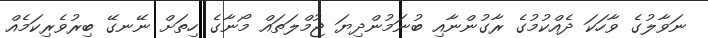
ނަވާލުގެ ވާހަކަ ދެއްކުމުގެ ރާގުންނާއި ބުނަމުންދިޔަ ޖުމްލަތައް މޯނާގެ ހިތަށް ނޭނގޭ ބިރުވެރިކަމެއް